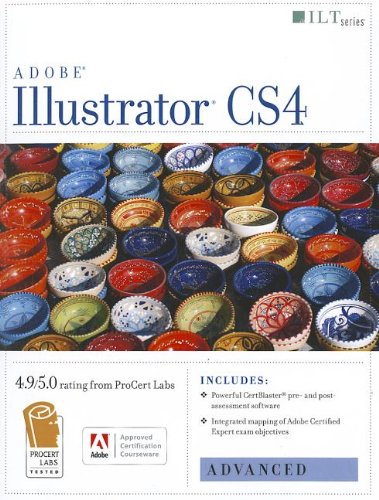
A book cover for Illustrator Cs4: Advanced, Ace Edition + Certblaster (ILT); Computers & Technology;